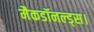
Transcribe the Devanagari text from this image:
मैकडॉनल्ड्स।